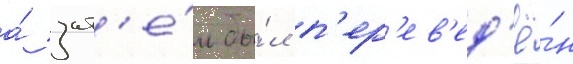
а́ зат'е́м бы́л п'ер'ев'ед'ё́н